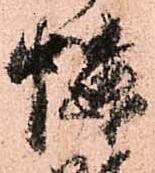
憐